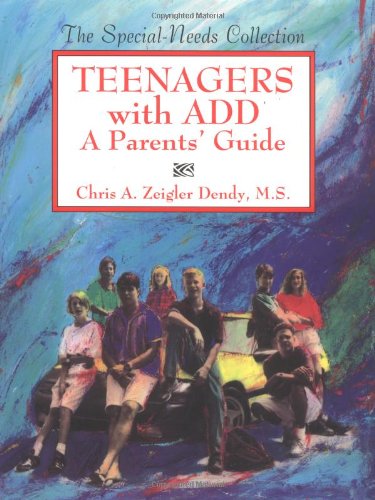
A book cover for Teenagers With Add: A Parents' Guide (The Special-Needs Collection); Chris A. Zeigler Dendy; Parenting & Relationships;